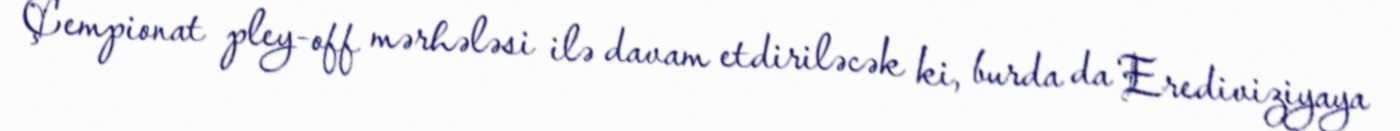
Çempionat pley-off mərhələsi ilə davam etdiriləcək ki, burda da Erediviziyaya